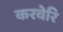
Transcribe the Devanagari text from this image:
करवेरि